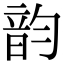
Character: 韵